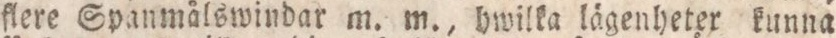
flere Spanmålswindar m. m., bwilka lägenheter kunna